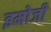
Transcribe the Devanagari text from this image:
इमोजी